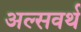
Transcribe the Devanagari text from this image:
अल्सवर्थ